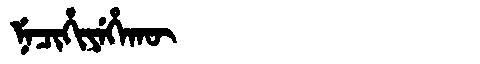
Manchu: ᠨᡝᠴᡳᡥᡳᠶᡝᡥᠠᡴᡡ
Romanization: NECIHIYEHAKŪ